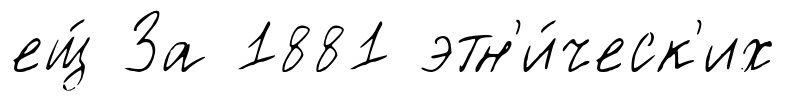
ещ́ За 1881 этн'и́ческ'их